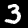
Label: 3